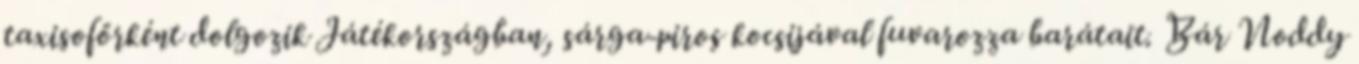
taxisofőrként dolgozik Játékországban, sárga-piros kocsijával fuvarozza barátait. Bár Noddy